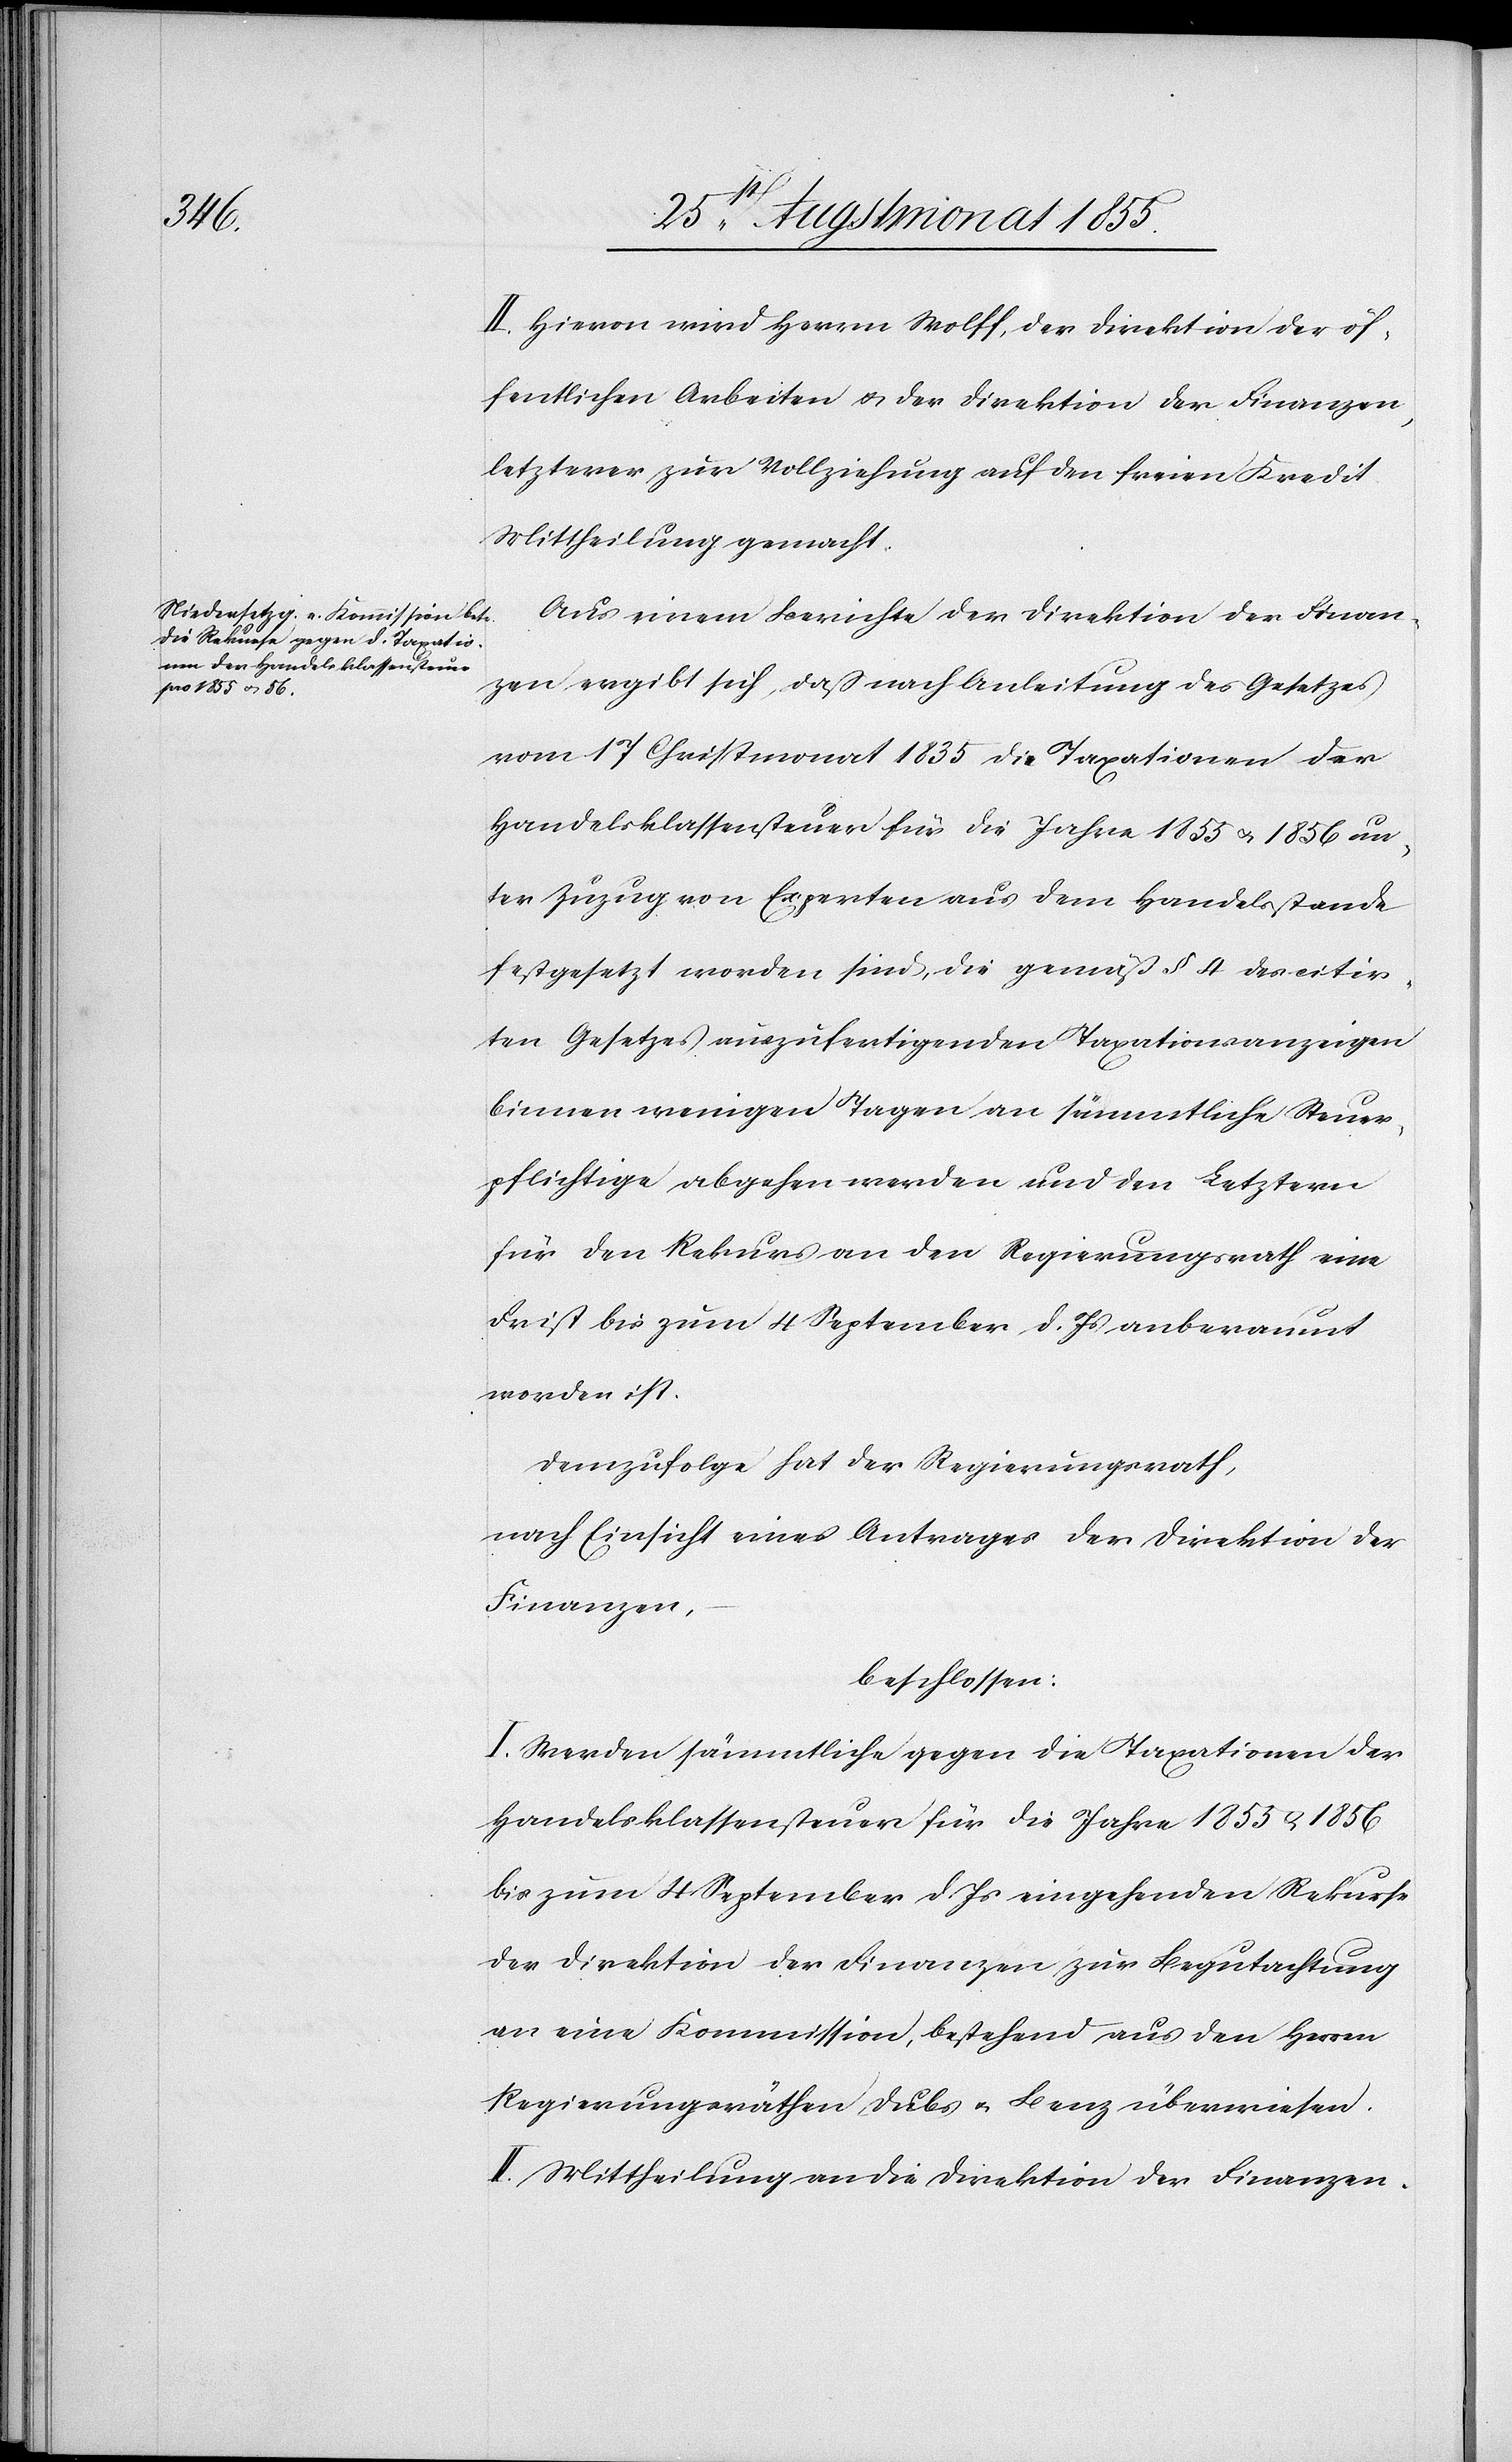
II. Hievon wird Herrn Wolff, der Direktion der öf¬
fentlichen Arbeiten & der Direktion der Finanzen,
letzterer zur Vollziehung auf den freien Kredit
Mittheilung gemacht.
Aus einem Berichte der Direktion der Finan¬
zen ergibt sich, daß nach Anleitung des Gesetzes
vom 17 Christmonat 1835 die Taxationen der
Handelsklassensteuer für die Jahre 1855 & 1856 un¬
ter Zuzug von Experten aus dem Handelsstande
festgesetzt worden sind, die gemäß § 4 des citir¬
ten Gesetzes auszufertigenden Taxationsanzeigen
binnen wenigen Tagen an sämmtliche Steuer¬
pflichtige abgehen werden und den Letztern
für den Rekurs an den Regierungsrath eine
Frist bis zum 4 September d. Js anberaumt
worden ist.
Demzufolge hat der Regierungsrath,
nach Einsicht eines Antrages der Direktion der
Finanzen,
beschlossen:
I. Werden sämmtliche gegen die Taxationen der
Handelsklassensteuer für die Jahre 1855 & 1856
bis zum 4 September d. Js eingehenden Rekurse
der Direktion der Finanzen zur Begutachtung
an eine Kommission, bestehend aus den Herren
Regierungsräthen Dubs & Benz überwiesen.
II. Mittheilung an die Direktion der Finanzen.